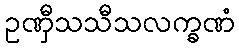
ဥဏှီသသီသလက္ခဏံ